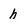
Character: h